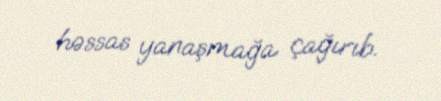
həssas yanaşmağa çağırıb.